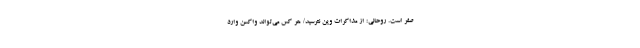
صفر است. روحانی: از مذاکرات وین نترسید/ هر کس می‌تواند واکسن وارد